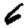
Digit: 6